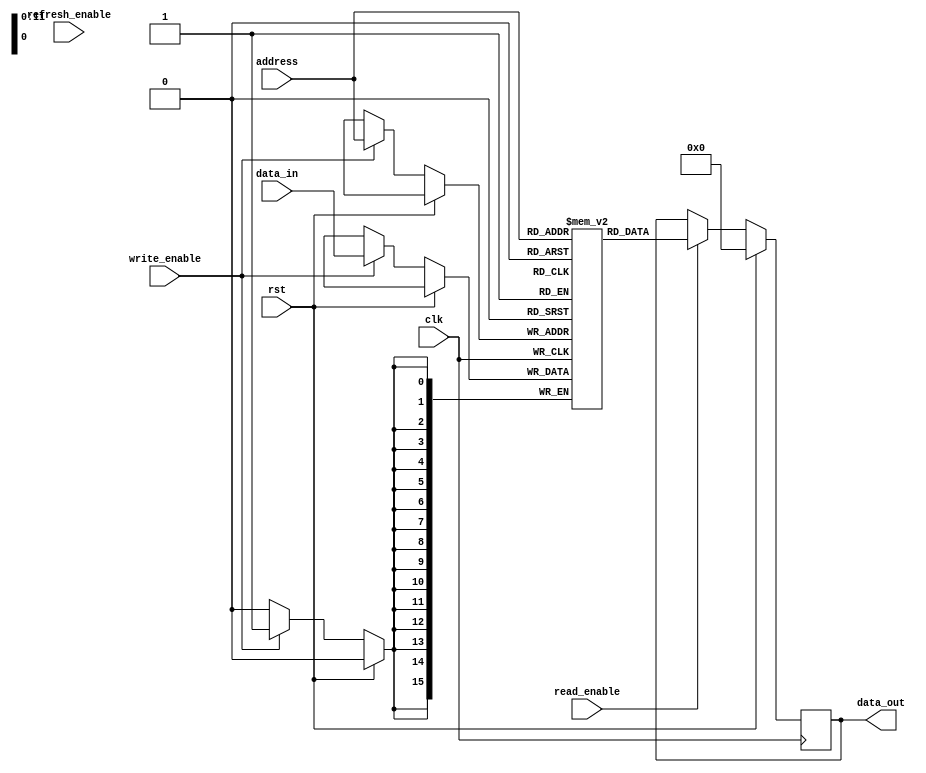
module SDRAM (
    input wire clk,
    input wire rst,
    input wire write_enable,
    input wire read_enable,
    input wire [11:0] address,
    input wire [15:0] data_in,
    output reg [15:0] data_out,
    input wire refresh_enable
);

// Memory array declaration
reg [15:0] memory [0:4095];

// Address decoding logic
always @ (posedge clk) begin
    if (rst) begin
        data_out <= 16'h0;
    end else begin
        if (write_enable) begin
            memory[address] <= data_in;
        end
        if (read_enable) begin
            data_out <= memory[address];
        end
    end
end

// Refresh operation
always @ (posedge clk) begin
    if (refresh_enable) begin
        // Perform refresh operation here
    end
end

endmodule